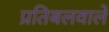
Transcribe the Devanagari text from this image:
प्रतिबलवाले